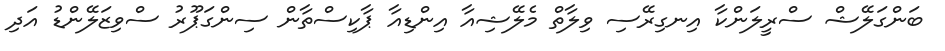
ބަންގަލޭޝް ސްރީލަންކާ އިނގިރޭސި ވިލާތް މެލޭޝިއާ އިންޑިއާ ޕާކިސްތާން ސިންގަޕޫރު ސްވިޒަލޭންޑު އަދި